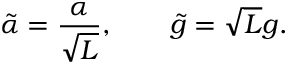
\tilde { \alpha } = \frac { \alpha } { \sqrt { L } } , \qquad \tilde { g } = \sqrt { L } g .